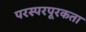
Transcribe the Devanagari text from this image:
परस्परपूरकता